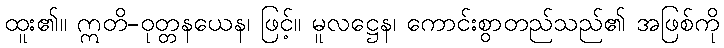
ထူး၏။ ဣတိ-ဝုတ္တနယေန၊ ဖြင့်။ မူလဋ္ဌေန၊ ကောင်းစွာတည်သည်၏ အဖြစ်ကို